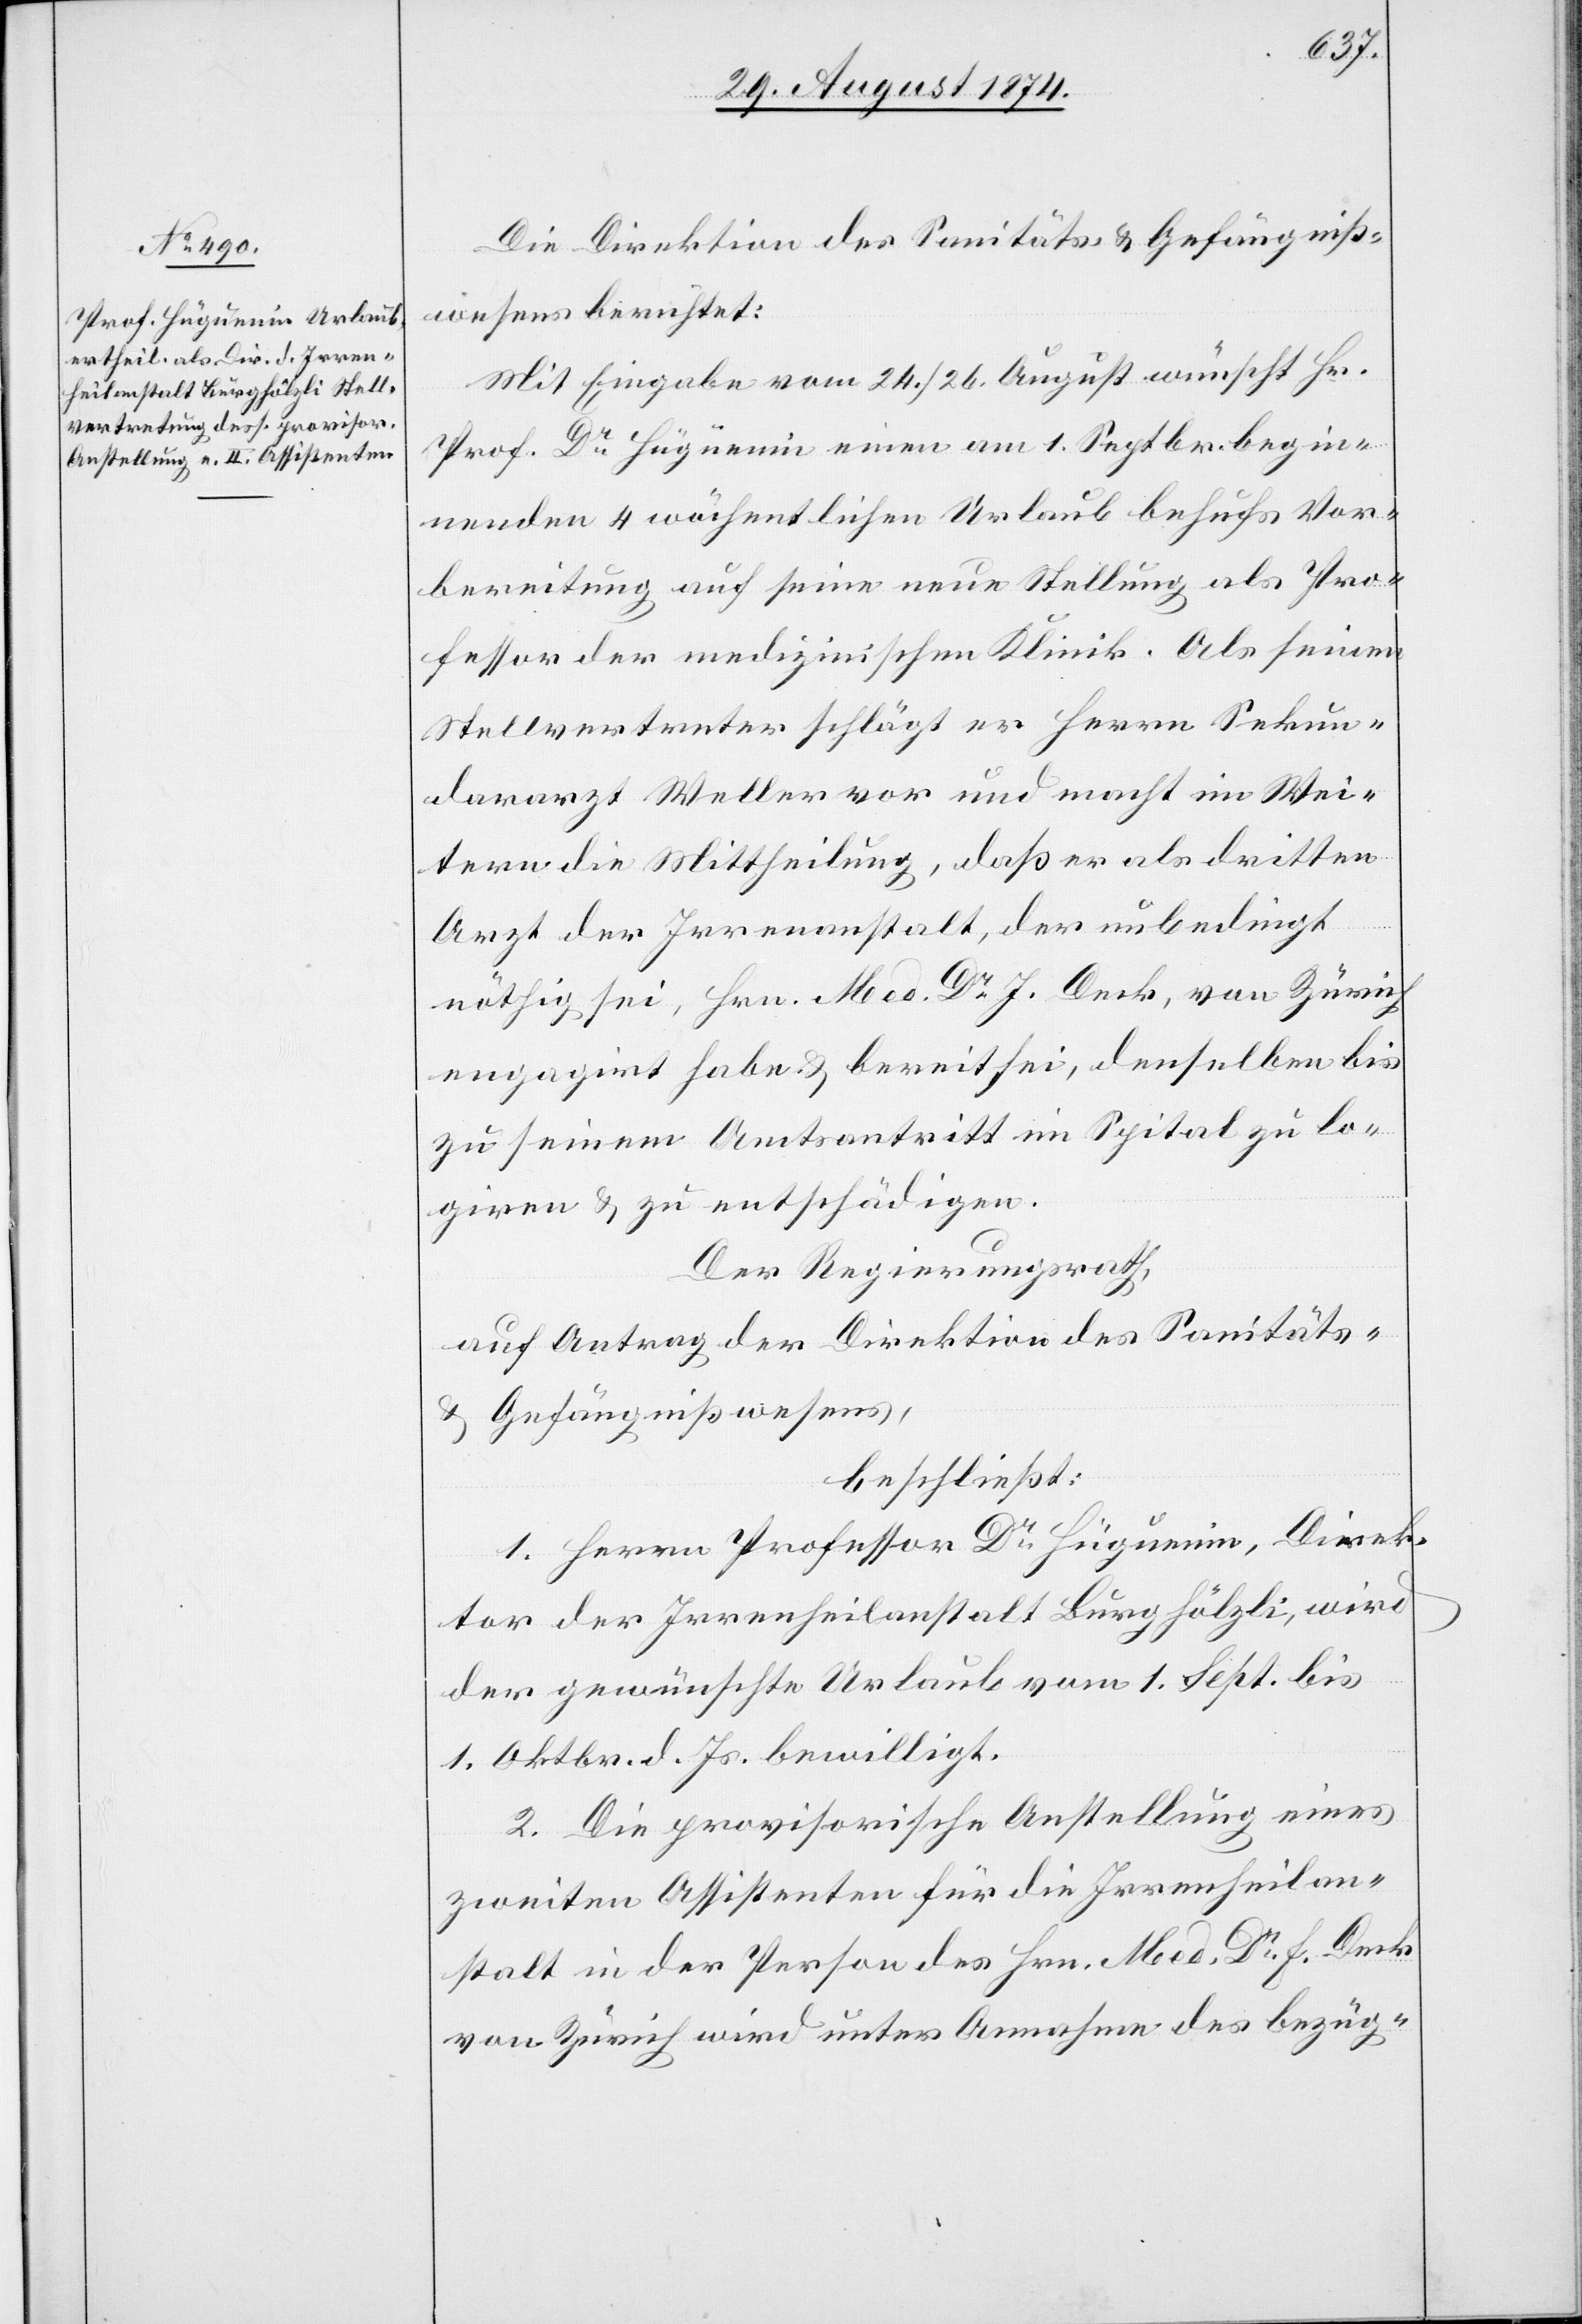
Die Direktion des Sanitäts- u. Gefängniß¬
wesens berichtet:
Mit Eingabe vom 24./26. August wünscht Hr.
Prof. Dr Hügüenin [sic!] einen am 1. Septbr. begin¬
nenden 4 wöchentlichen Urlaub behufs Vor¬
bereitung auf seine neue Stellung als Pro¬
fessor der medizinischen Klinik. Als seinen
Stellvertreter schlägt er Herrn Sekun¬
dararzt Weller vor und macht im Wei¬
tern die Mittheilung, daß er als dritten
Arzt der Irrenanstalt, der unbedingt
nöthig sei, Hrn. Med. Dr J. Deck, von Zürich
engagirt habe u. bereit sei, denselben bis
zu seinem Amtsantritt im Spital zu lo¬
giren u. zu entschädigen.
Der Regierungsrath,
auf Antrag der Direktion des Sanitäts-
u. Gefängnißwesens,
beschließt:
1. Herrn Pofessor Dr Hüguenin, Direk¬
tor der Irrenheilanstalt Burghölzli, wird
der gewünschte Urlaub vom 1. Sept. bis
1. Oktbr. d. Js. bewilligt.
2. Die provisorische Anstellung eines
zweiten Assistenten für die Irrenheilan¬
stalt in der Person des Hrn. Med. Dr F. Deck
von Zürich wird unter Annahme des bezüg-